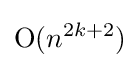
{\mathrm {O} }(n^{2k+2})